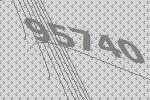
95740